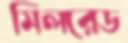
মিলরেড